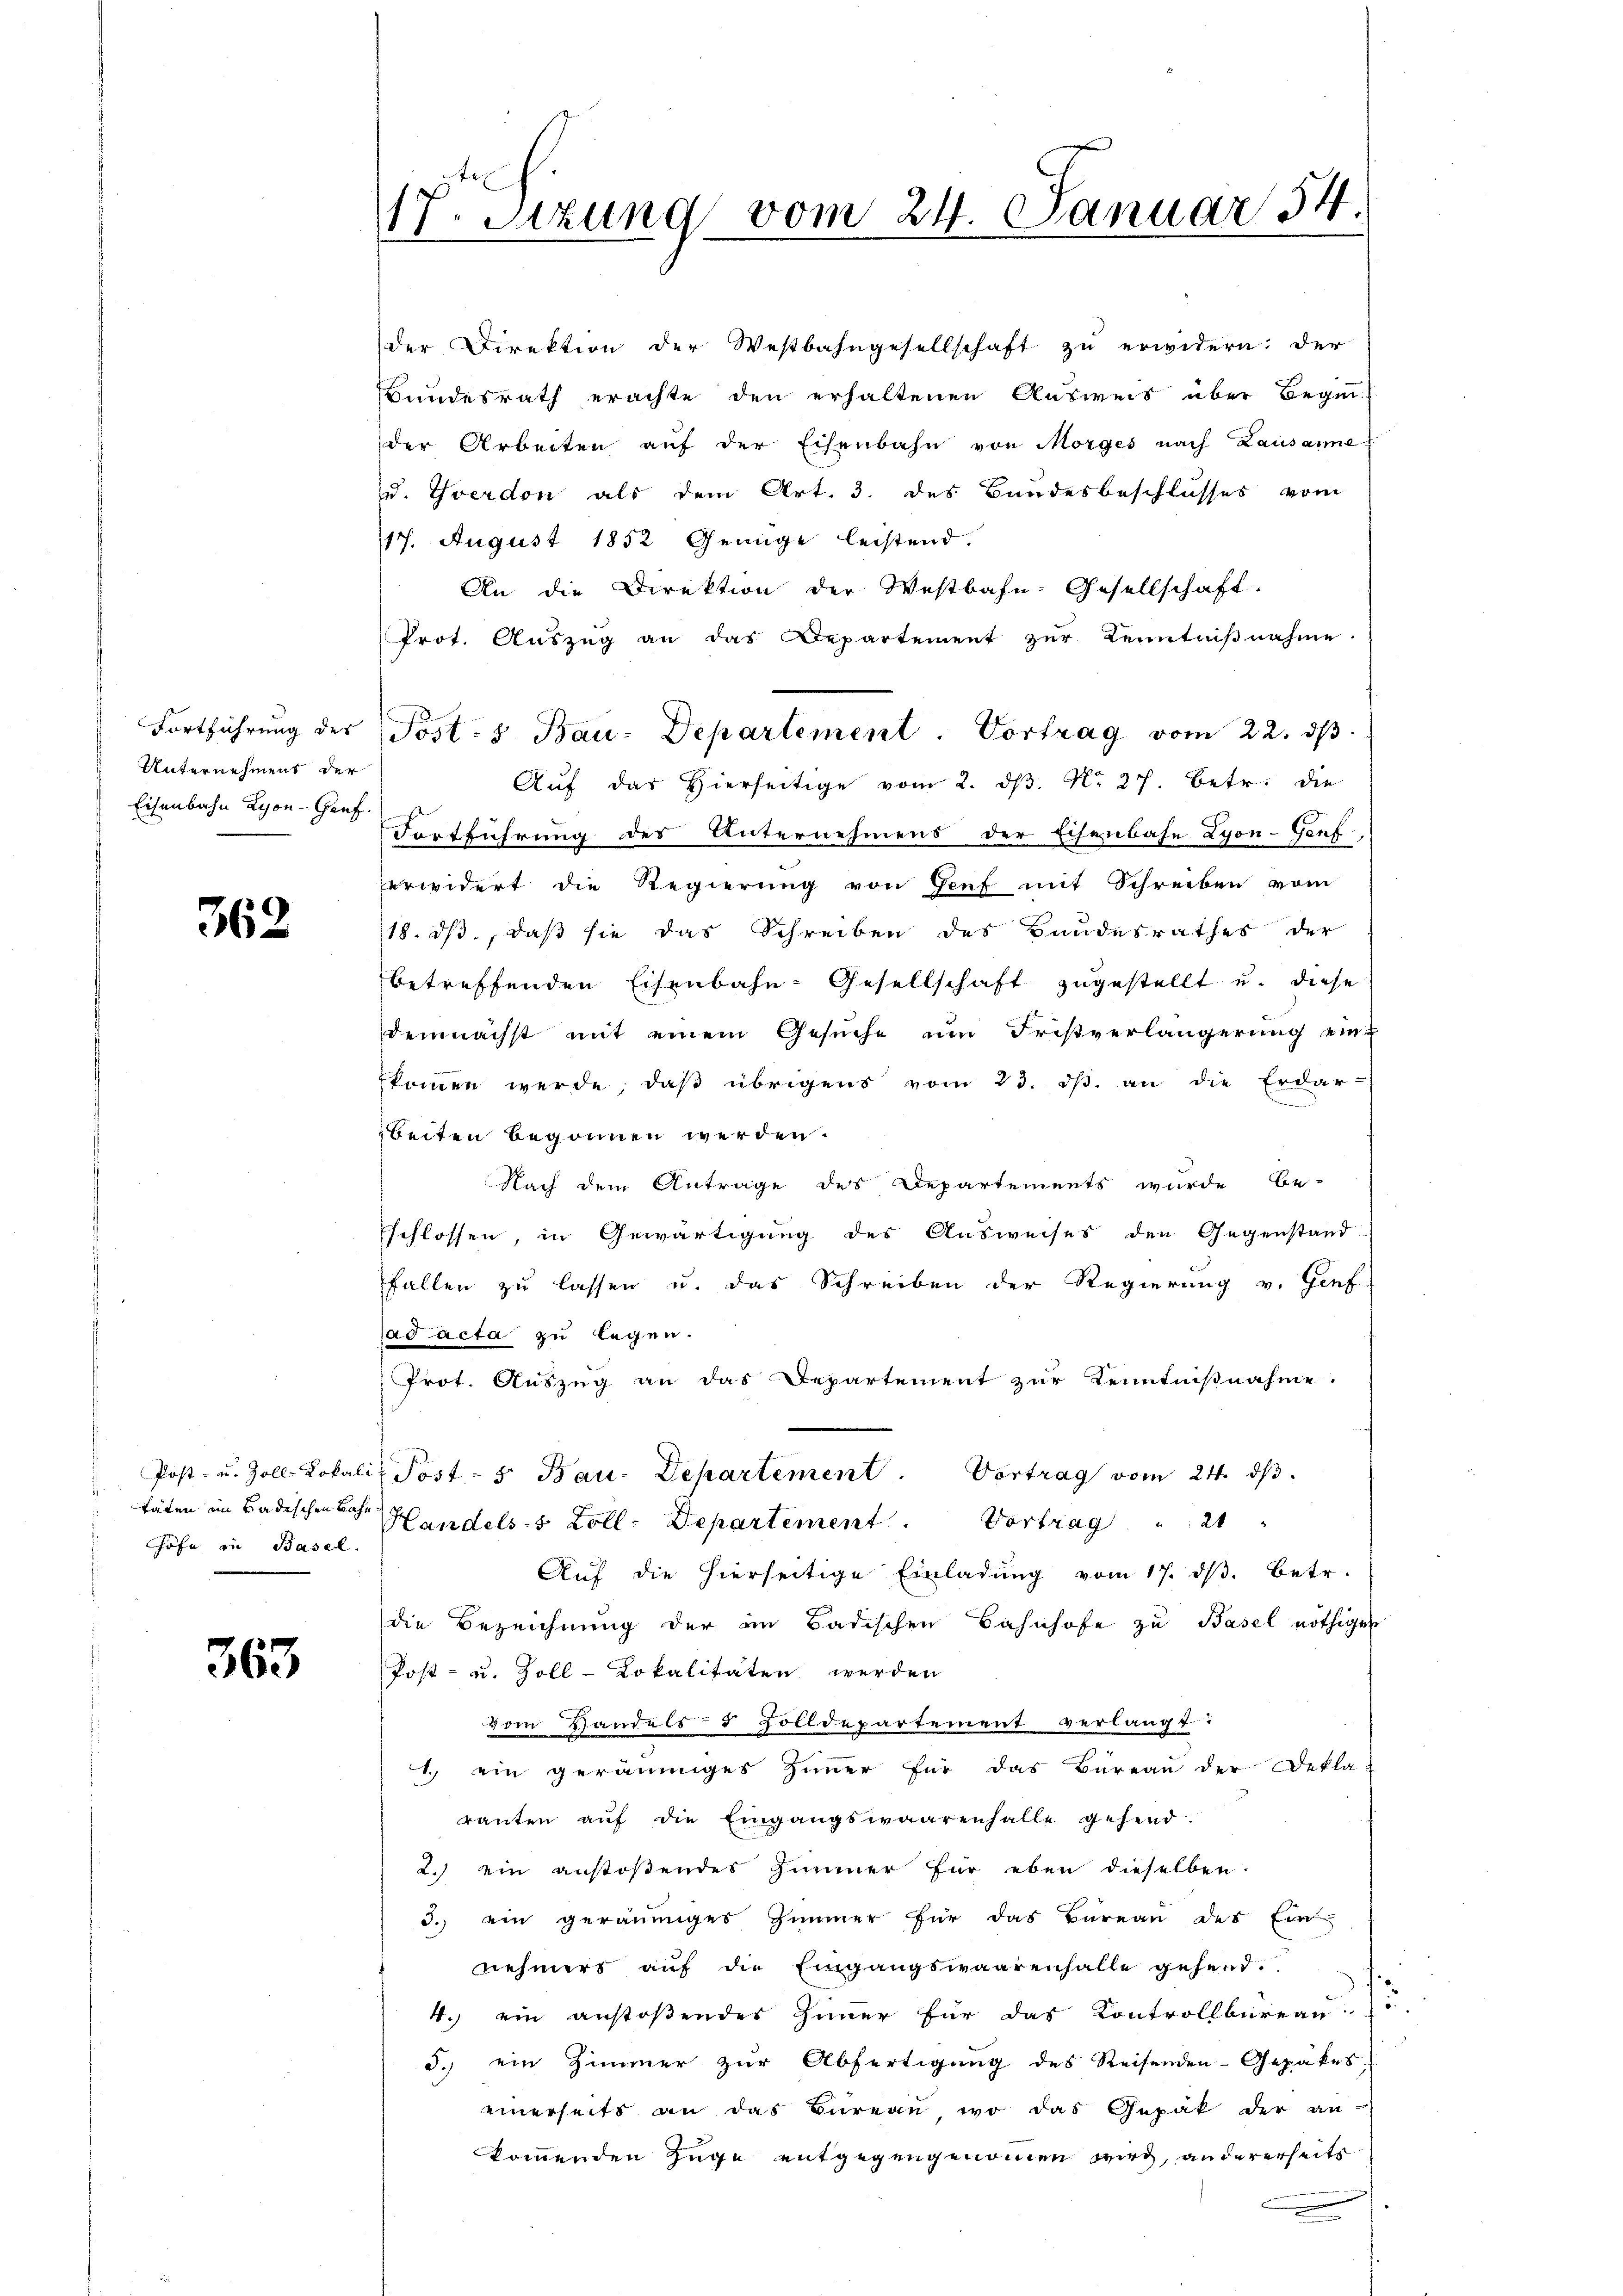
Unternehmens der
Eisenbahn Lyon - Genf

362

Höfe in Basel.

363

17. Sitzung vom 24. Januar 54.

der Direktion der Westbahngesellschaft zu erwidern: der
Bundesrath erachte den erhaltenen Ausweis über Begin-
der Arbeiten auf der Eisenbahn von Morges nach Lausanne-
u. Yverdon als dem Art. 3. des Bandesbeschlusses vom
117. August 1852 Genüge leistend.
An die Direktion der Westbahn-Gesellschaft.
Prot. Auszug an das Departement zur Kenntniβnahme.
Aŭf das hierseitige vom 2. dβ. N. 27. Betr. die
Fortführung des Unternehmens der Eisenbahn Lyon-Genf
erwidert die Regierung von Genf mit Schreiben vom
18. ds, daß sie das Schreiben des Bandesrathes der
betreffenden Eisenbahn-Gesellschaft zugestellt u. diese
demnächst mit einem Gesŭche ŭm Fristverlängerŭng ein-
kommen werde, daβ übrigens vom 23. dβ. an die Erdar-
beiten begonnen werden.
Nach dem Antrage des Departements wurde be-
schlossen, in Gewärtigung des Ausweises den Gegenstand-
fallen zu lassen u. das Schreiben der Regierung v. Genf
ad acta zu legen.
Prot. Auszug an das Departement zur Kenntnißnahme.
Post- u. Zoll-Lokalis Post - 5. Bau-Departement                       Vortrag vom 24. ds.
täten im Badischen Ach Handels- & Zoll. Departement                             Portrag
Aŭf die hierseitige Einladŭng vom 17. dβ. betr.
die Bezeichnung der in Badischen Bahnhofe zu Basel nöthiger
Post- u. Zoll-Lokalitäten werden
vom Handels- & Zolldepartement verlangt:
1.) ein geräumiges Zimmer für das Büreau der Dekla
ranten auf die Eingangswaarenhalle gehend.
2.) ein anstoßendes Zimmer für eben dieselben.
3. ein geräumiges Zimmer für das Büreau des Ein
nehmers auf die Eingangswaarenfalle gehend.
4.) ein anstoßendes Zimmer für das Kontrollbüreau
d.) ein Zimmer zur Abfertigung des Reisenden-Gepakes
einerseits an das Büreau, wo das Gepät der an-
kommenden Zuge entgegengenommen wird, andererseits
.

Fortführŭng der Post- & Bau-Departement. Vortrag vom 22. ds.